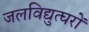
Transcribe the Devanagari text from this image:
जलविद्युत्घरों